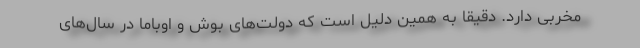
مخربی دارد. دقیقا به همین دلیل است که دولت‌های بوش و اوباما در سال‌های